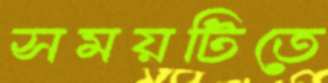
সময়টিতে